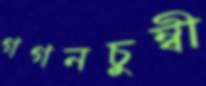
গগনচুম্বী